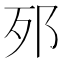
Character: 𨚌